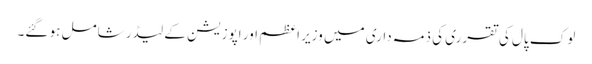
لوک پال کی تقرری کی ذمہ داری میں وزیر اعظم اور اپوزیشن کے لیڈر شامل ہو گئے۔